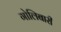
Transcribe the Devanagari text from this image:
गोलिबारी